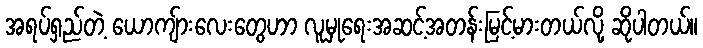
အရပ်ရှည်တဲ့ ယောကျ်ားလေးတွေဟာ လူမှုရေးအဆင့်အတန်းမြင့်မားတယ်လို့ ဆိုပါတယ်။